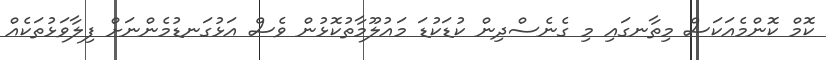
ކޮމް ކޮންމެއަކަސް މިތާނގައި މި ގެނެސްދިން ކުޑަކުޑަ މައުލޫމާތުކޮޅުން ވެސް އަޅުގަނޑުމެންނަށް ފިލާވަޅުތަކެއް